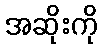
အဆိုးကို